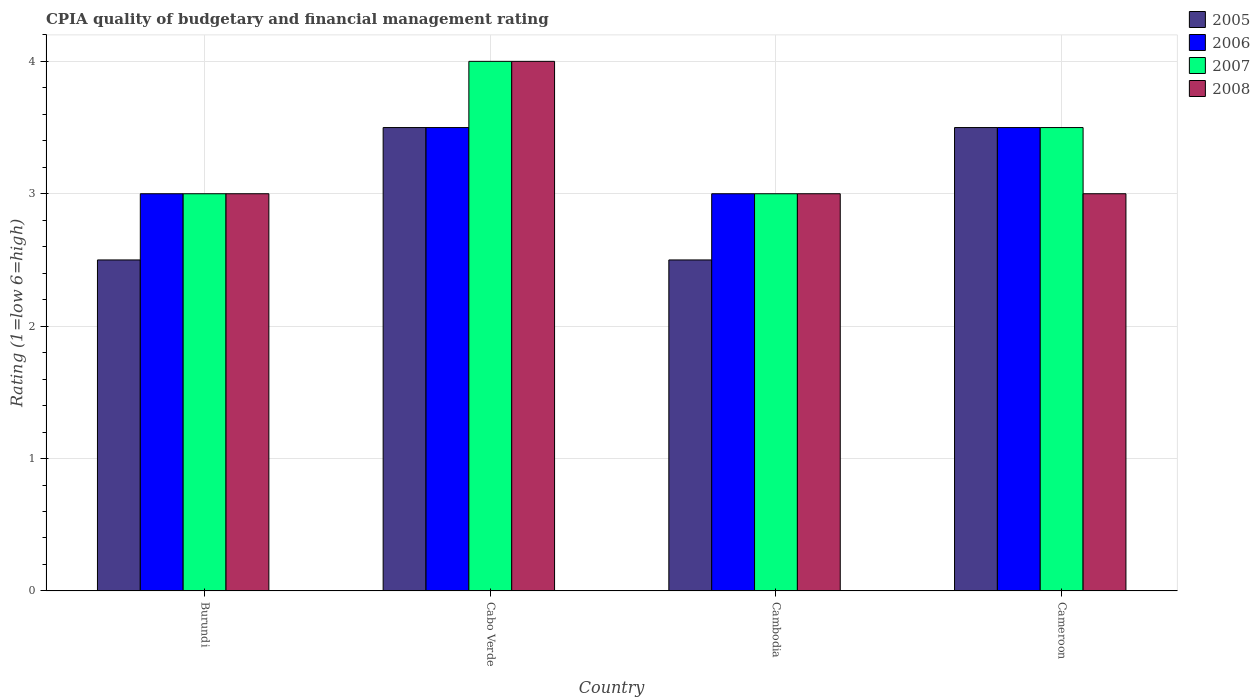
| Country | 2005 | 2006 | 2007 | 2008 |
 | --- | --- | --- | --- | --- |
 | Burundi | 2.5 | 3 | 3 | 3 |
 | Cabo Verde | 3.5 | 3.5 | 4 | 4 |
 | Cambodia | 2.5 | 3 | 3 | 3 |
 | Cameroon | 3.5 | 3.5 | 3.5 | 3 |